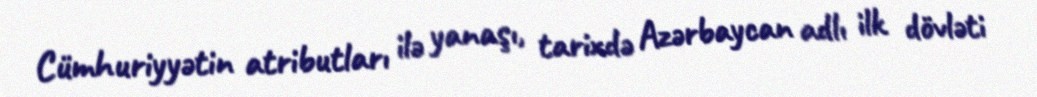
Cümhuriyyətin atributları ilə yanaşı, tarixdə Azərbaycan adlı ilk dövləti